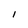
Character: l